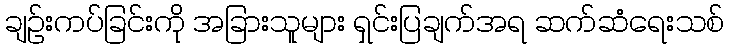
ချဉ်းကပ်ခြင်းကို အခြားသူများ ရှင်းပြချက်အရ ဆက်ဆံရေးသစ်